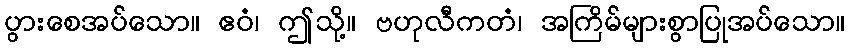
ပွားစေအပ်သော။ ဧဝံ၊ ဤသို့။ ဗဟုလီကတံ၊ အကြိမ်များစွာပြုအပ်သော။